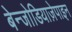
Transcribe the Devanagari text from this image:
बेन्जोडियाज़ेपाइन